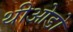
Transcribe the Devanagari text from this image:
थीओडो